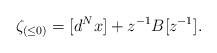
LaTeX: \begin{align*}\zeta_{(\leq 0)}= [d^Nx]+z^{-1}B[z^{-1}].\end{align*}